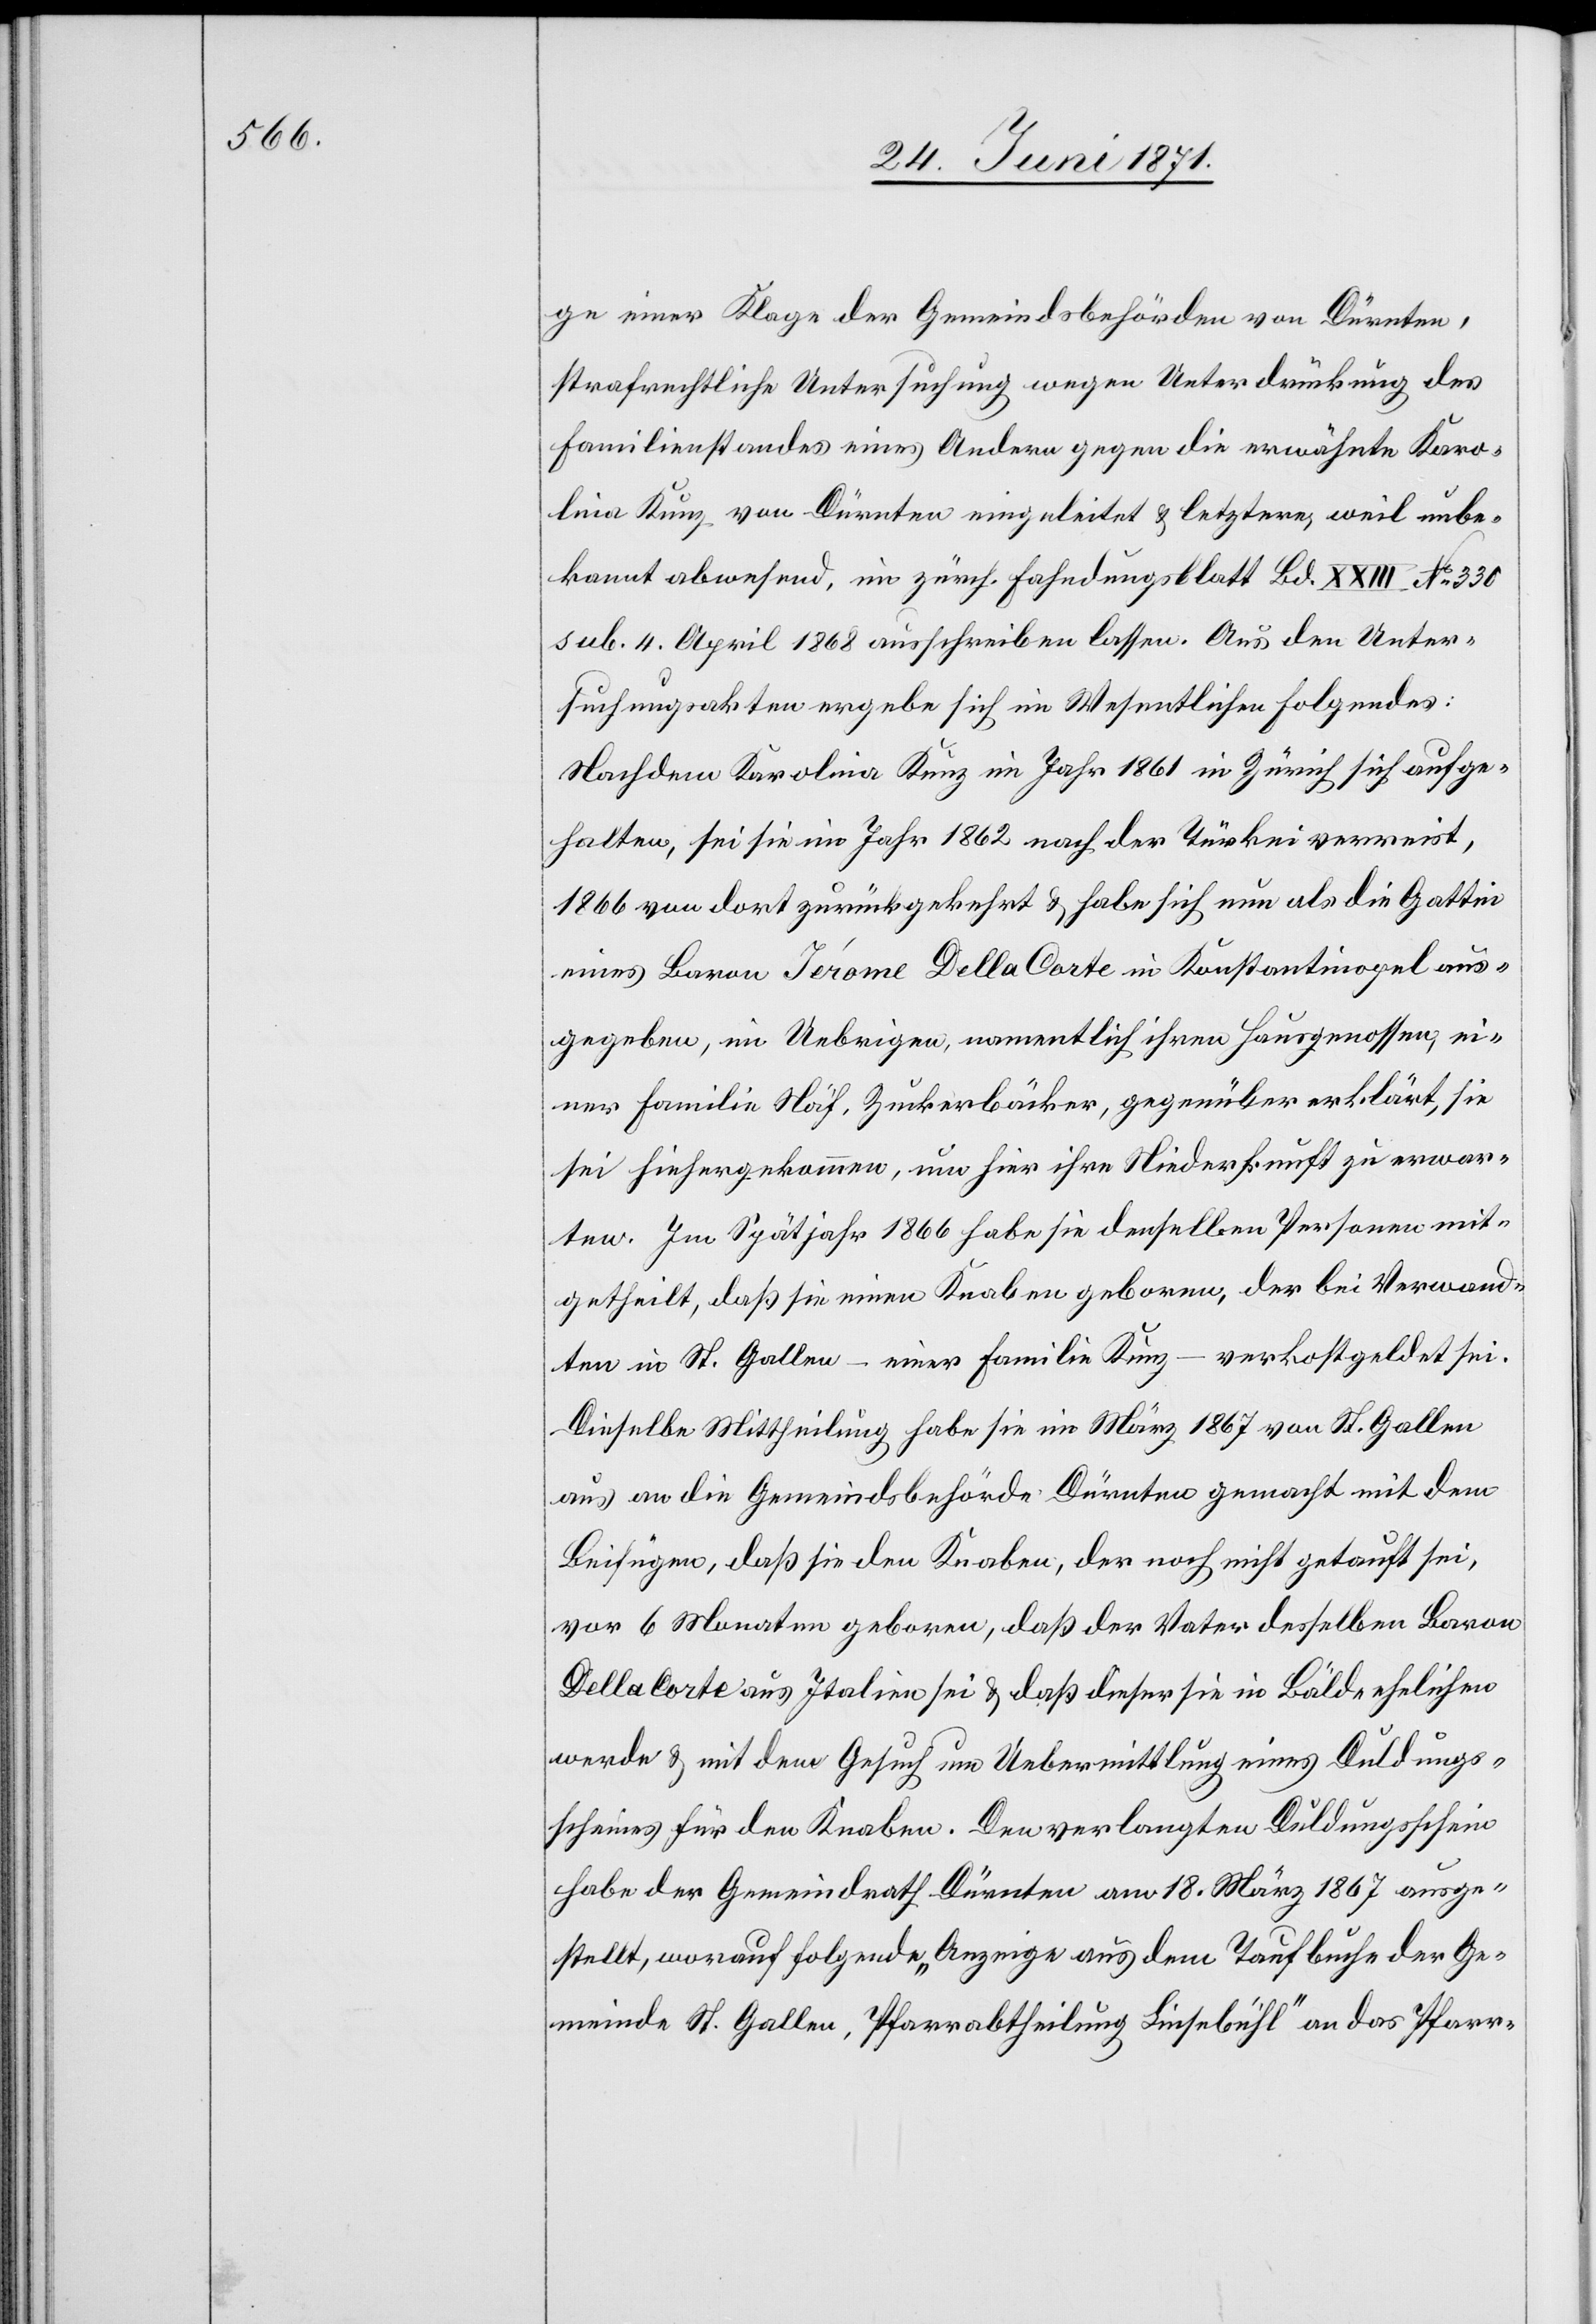
ge einer Klage der Gemeindsbehörden von Dürnten,
strafrechtliche Untersuchung wegen Unterdrückung des
Familienstandes eines Andern gegen die erwähnte Karo¬
lina Kunz von Dürnten eingeleitet u. letztere, weil unbe¬
kannt abwesend, im zürch. Fahndungsblatt Bd. XXIII No. 330
sub. 4. April 1868 ausschreiben lassen. Aus den Unter¬
suchungsakten ergebe sich im Wesentlichen Folgendes:
Nachdem Karolina Kunz im Jahr 1861 in Zürich sich aufge¬
halten, sei sie im Jahr 1862 nach der Türkei verreist,
1866 von dort zurückgekehrt u. habe sich nun als die Gattin
eines Baron Jérome Della Corte in Konstantinopel aus¬
gegeben, im Uebrigen, namentlich ihren Hausgenossen, ei¬
ner Familie Näf, Zuckerbäcker, gegenüber erklärt, sie
sei hierhergekommen, um hier ihre Niederkunft zu erwar¬
ten. Im Spätjahr 1866 habe sie denselben Personen mit¬
getheilt, daß sie einen Knaben geboren, der bei Verwand¬
verkostgeldet sei.
ten in St. Gallen – einer Familie Kunz
Dieselbe Mittheilung habe sie im März 1867 von St. Gallen
aus an die Gemeindsbehörde Dürnten gemacht mit dem
Beifügen, daß sie den Knaben, der noch nicht getauft sei,
vor 6 Monaten geboren, daß der Vater desselben Baron
Della Corte aus Italien sei u. daß dieser sie in Bälde ehelichen
werde u. mit dem Gesuch um Uebermittlung eines Duldungs¬
scheines für den Knaben. Den verlangten Duldungsschein
habe der Gemeindrath Dürnten am 18. März 1867 ausge¬
stellt, worauf folgende „Anzeige aus dem Taufbuche der Ge¬
meinde St. Gallen, Pfarrabtheilung Linsebühl“ an das Pfarr-